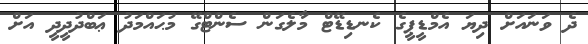
ދެ ވަނައަށް ދިޔަ އެމްޑީޕީގެ ކެނޑިޑޭޓް މާލެގަން ސެންޓްގޭ މުޙައްމަދު ޢަބްދުދީދީ އަށް